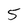
Character: 5